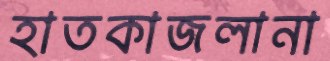
হাতকাজলানা